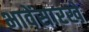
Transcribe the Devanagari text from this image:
भावेंसारखे